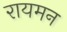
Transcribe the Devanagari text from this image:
रायमन